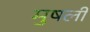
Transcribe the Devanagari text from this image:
मुषली